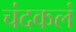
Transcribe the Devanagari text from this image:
चंदकलं